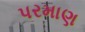
પરમાણ